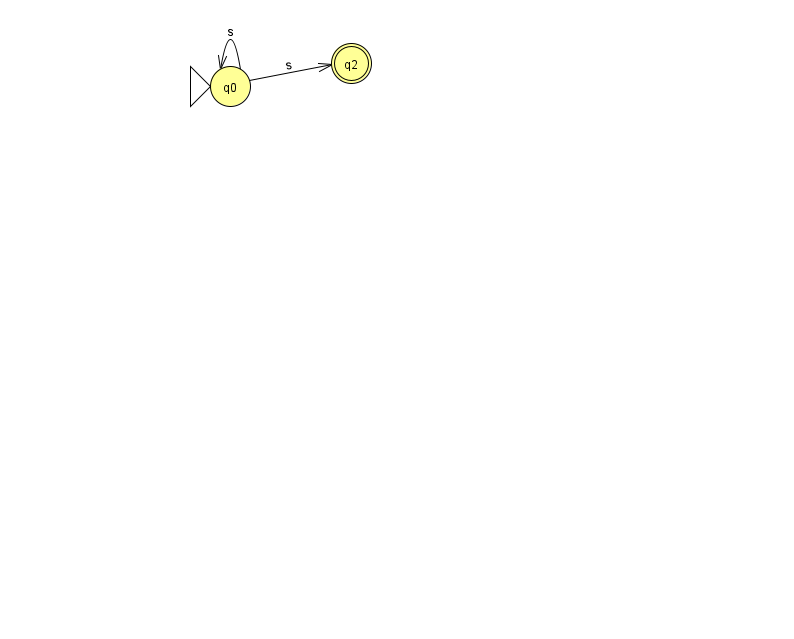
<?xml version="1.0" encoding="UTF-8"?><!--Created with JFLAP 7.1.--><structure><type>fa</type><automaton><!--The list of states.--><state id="0" name="q0"><x>230.0</x><y>73.0</y><initial/></state><state id="2" name="q2"><x>351.0</x><y>50.0</y><final/></state><!--The list of transitions.--><transition><from>0</from><to>2</to><read>s</read></transition><transition><from>0</from><to>0</to><read>s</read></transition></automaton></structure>